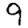
Digit: 9